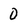
Character: 0